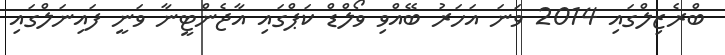
ބްރެޒިލްގައި 2014 ވަނަ އަހަރު ބޭއްވި ވޯލްޑް ކަޕްގައި އާޖެންޓީނާ ވަނީ ފައިނަލްގައި